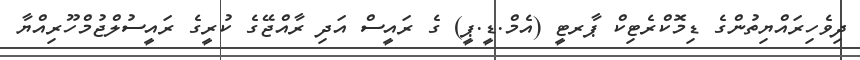
ދިވެހިރައްޔިތުންގެ ޑިމޮކްރެޓިކް ޕާރޓީ (އެމް.ޑީ.ޕީ) ގެ ރައީސް އަދި ރާއްޖޭގެ ކުރީގެ ރައީސުލްޖުމްހޫރިއްޔާ